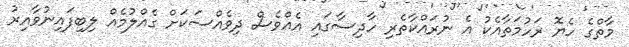
މާތްގެ ހެޔޮ ރަހުމަތާއެކު އެ ނުރައްކާތެރި ހާދިސާގައި އެއްވެސް ދިވެއްސަކަށް ގެއްލުމެއް ލިބިފައިނުވާއިރު